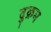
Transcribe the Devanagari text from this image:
दुक्रम